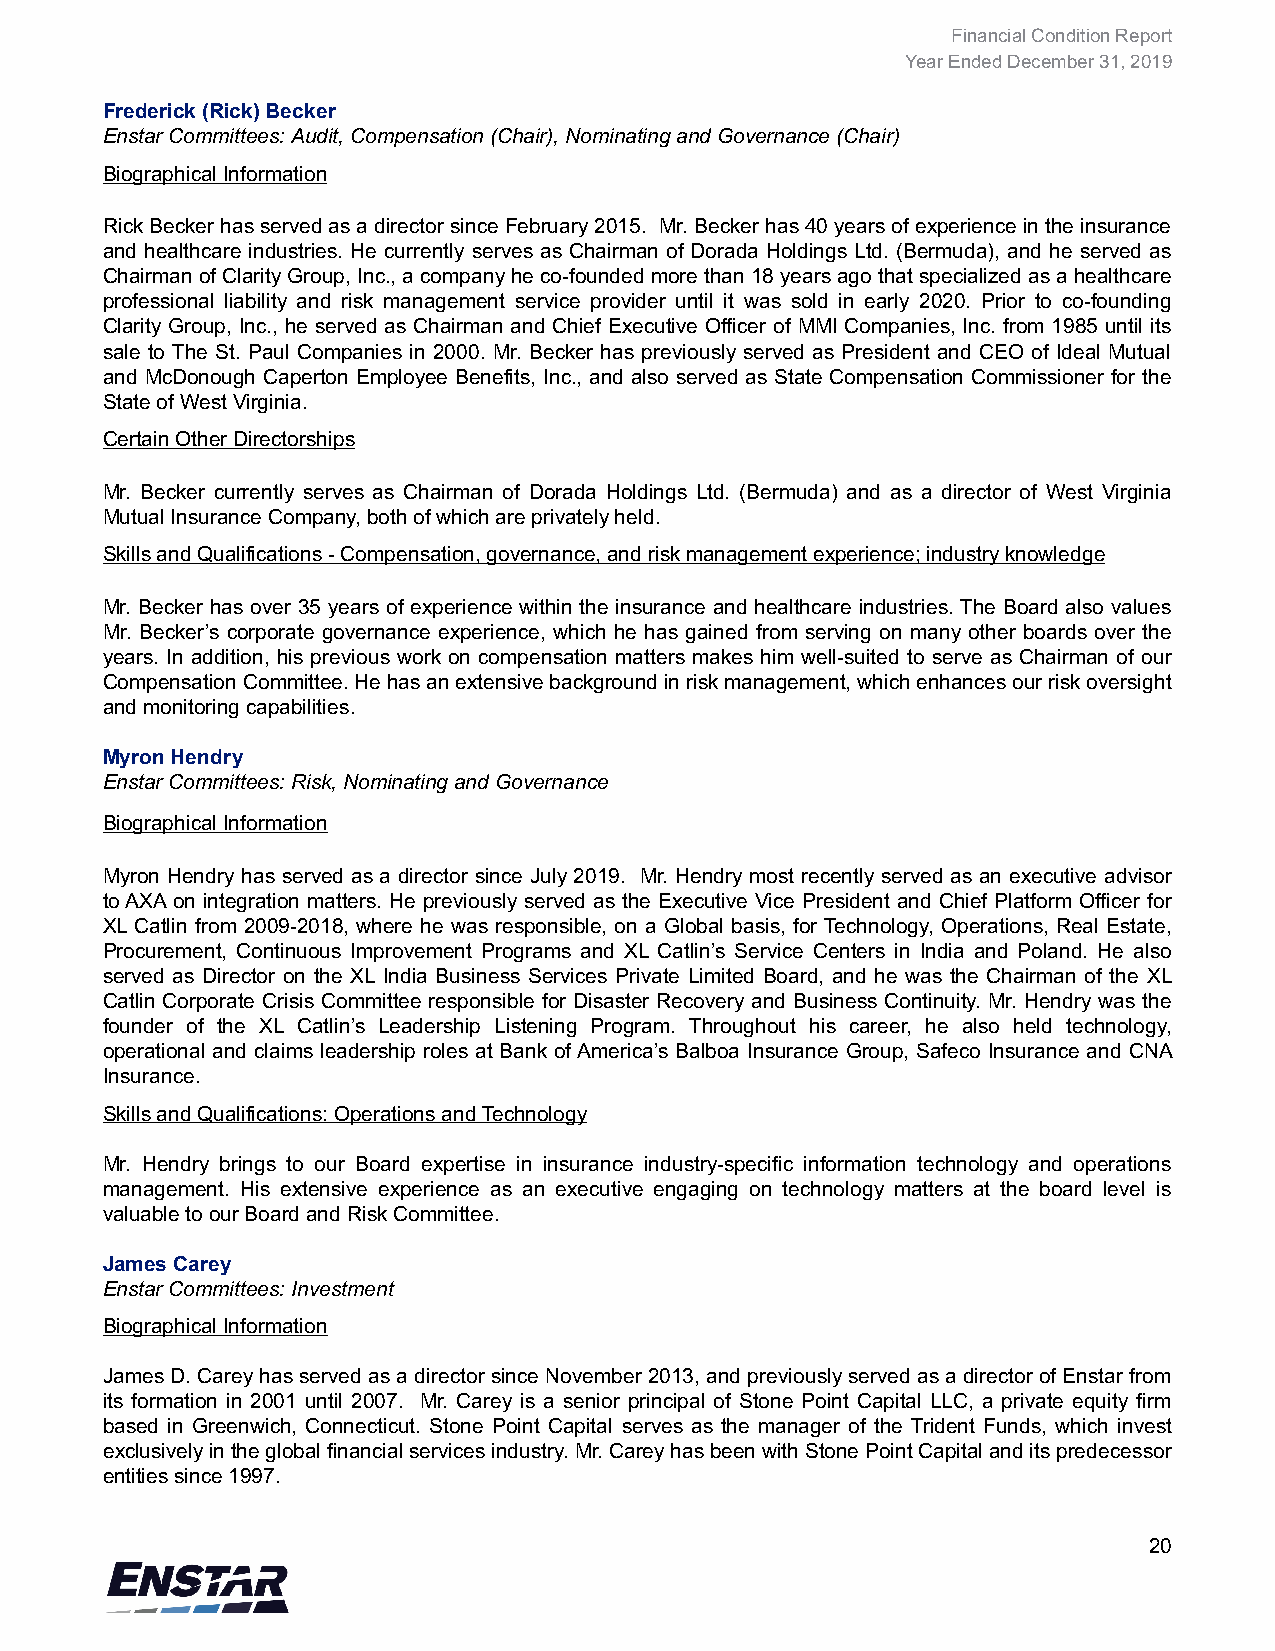
Financial Condition Report
 Year Ended December 31, 2019
 Frederick (Rick) Becker
 Enstar Committees: Audit, Compensation (Chair), Nominating and Governance (Chair)
 Biographical Information
 Rick Becker has served as a director since February 2015. Mr. Becker has 40 years of experience in the insurance
 and healthcare industries. He currently serves as Chairman of Dorada Holdings Ltd. (Bermuda), and he served as
 Chairman of Clarity Group, Inc., a company he co-founded more than 18 years ago that specialized as a healthcare
 professional liability and risk management service provider until it was sold in early 2020. Prior to co-founding
 Clarity Group, Inc., he served as Chairman and Chief Executive Officer of MMI Companies, Inc. from 1985 until its
 sale to The St. Paul Companies in 2000. Mr. Becker has previously served as President and CEO of Ideal Mutual
 and McDonough Caperton Employee Benefits, Inc., and also served as State Compensation Commissioner for the
 State of West Virginia.
 Certain Other Directorships
 Mr. Becker currently serves as Chairman of Dorada Holdings Ltd. (Bermuda) and as a director of West Virginia
 Mutual Insurance Company, both of which are privately held.
 Skills and Qualifications - Compensation, governance, and risk management experience; industry knowledge
 Mr. Becker has over 35 years of experience within the insurance and healthcare industries. The Board also values
 Mr. Becker’s corporate governance experience, which he has gained from serving on many other boards over the
 years. In addition, his previous work on compensation matters makes him well-suited to serve as Chairman of our
 Compensation Committee. He has an extensive background in risk management, which enhances our risk oversight
 and monitoring capabilities.
 Myron Hendry
 Enstar Committees: Risk, Nominating and Governance
 Biographical Information
 Myron Hendry has served as a director since July 2019. Mr. Hendry most recently served as an executive advisor
 to AXA on integration matters. He previously served as the Executive Vice President and Chief Platform Officer for
 XL Catlin from 2009-2018, where he was responsible, on a Global basis, for Technology, Operations, Real Estate,
 Procurement, Continuous Improvement Programs and XL Catlin’s Service Centers in India and Poland. He also
 served as Director on the XL India Business Services Private Limited Board, and he was the Chairman of the XL
 Catlin Corporate Crisis Committee responsible for Disaster Recovery and Business Continuity. Mr. Hendry was the
 founder of the XL Catlin’s Leadership Listening Program. Throughout his career, he also held technology,
 operational and claims leadership roles at Bank of America’s Balboa Insurance Group, Safeco Insurance and CNA
 Insurance.
 Skills and Qualifications: Operations and Technology
 Mr. Hendry brings to our Board expertise in insurance industry-specific information technology and operations
 management. His extensive experience as an executive engaging on technology matters at the board level is
 valuable to our Board and Risk Committee.
 James Carey
 Enstar Committees: Investment
 Biographical Information
 James D. Carey has served as a director since November 2013, and previously served as a director of Enstar from
 its formation in 2001 until 2007. Mr. Carey is a senior principal of Stone Point Capital LLC, a private equity firm
 based in Greenwich, Connecticut. Stone Point Capital serves as the manager of the Trident Funds, which invest
 exclusively in the global financial services industry. Mr. Carey has been with Stone Point Capital and its predecessor
 entities since 1997.
 20